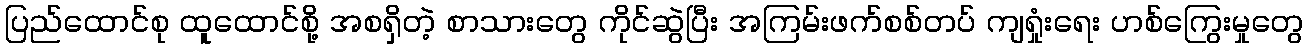
ပြည်ထောင်စု ထူထောင်စို့ အစရှိတဲ့ စာသားတွေ ကိုင်ဆွဲပြီး အကြမ်းဖက်စစ်တပ် ကျရှုံးရေး ဟစ်ကြွေးမှုတွေ